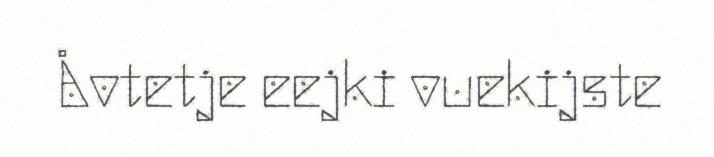
Åvtetje eejki vuekijste